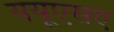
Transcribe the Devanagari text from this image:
ययूएसए